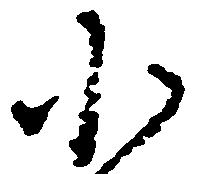
小